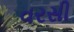
વરસી